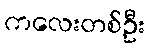
ကလေးတစ်ဦး